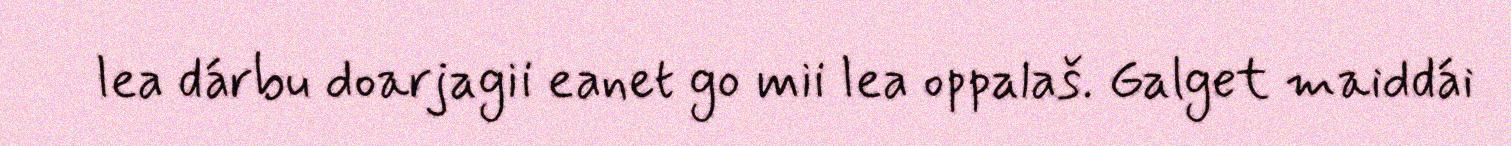
lea dárbu doarjagii eanet go mii lea oppalaš. Galget maiddái